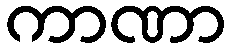
ကာဏာ